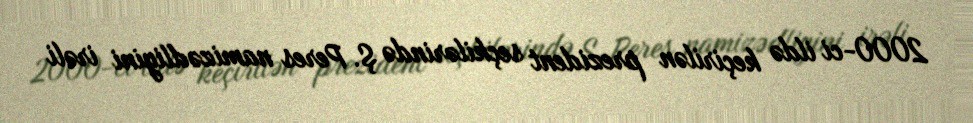
2000-ci ildə keçirilən prezident seçkilərində Ş. Peres namizədliyini irəli